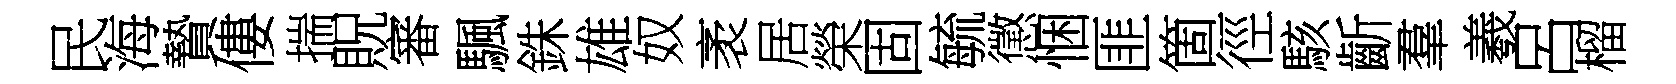
民海贄僂揣貺審颿銖雄奴袤居榮固毓懲悃匪箇徑駭齗羣羲呂榴